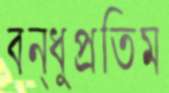
বন্ধুপ্রতিম